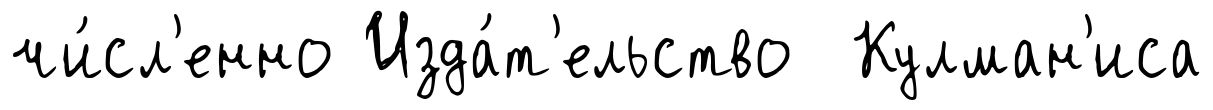
чи́сл'енно Изда́т'ельство Кулман'иса